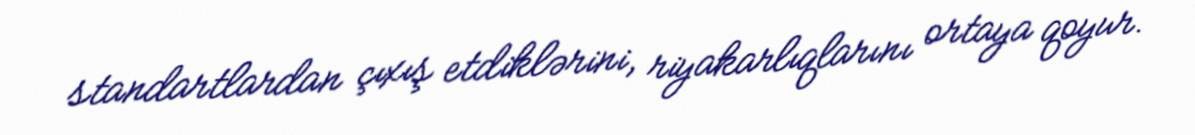
standartlardan çıxış etdiklərini, riyakarlıqlarını ortaya qoyur.